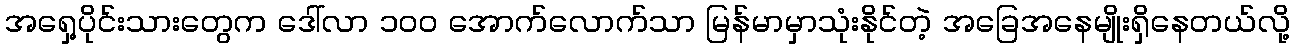
အရှေ့ပိုင်းသားတွေက ဒေါ်လာ ၁၀၀ အောက်လောက်သာ မြန်မာမှာသုံးနိုင်တဲ့ အခြေအနေမျိုးရှိနေတယ်လို့